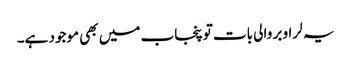
یہ لراو بر والی بات تو پنجاب میں بھی موجود ہے۔